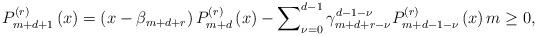
LaTeX: \begin{align*}P_{m+d+1}^{\left( r\right) }\left( x\right) =\left( x-\beta _{m+d+r}\right)P_{m+d}^{\left( r\right) }\left( x\right) -\sum\nolimits_{\nu=0}^{d-1}\gamma _{m+d+r-\nu }^{d-1-\nu}P_{m+d-1-\nu }^{\left( r\right)}\left( x\right) m\geq 0, \end{align*}